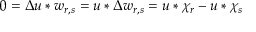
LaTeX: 0 = \Delta u * w _ { r , s } = u * \Delta w _ { r , s } = u * \chi _ { r } - u * \chi _ { s }